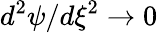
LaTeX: d^{2}\psi/d\xi^{2}\rightarrow 0